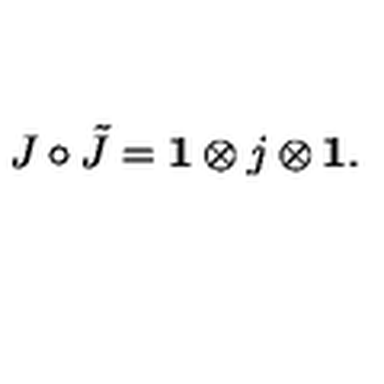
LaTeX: J \circ \tilde { J } = { \bf 1 } \otimes j \otimes { \bf 1 } .